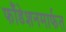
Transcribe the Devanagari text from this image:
फौंडेशनमार्फत